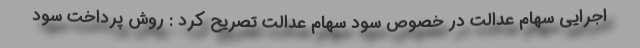
اجرایی سهام عدالت در خصوص سود سهام عدالت تصریح کرد : روش پرداخت سود